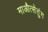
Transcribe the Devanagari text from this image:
माऔत्सेतुंग